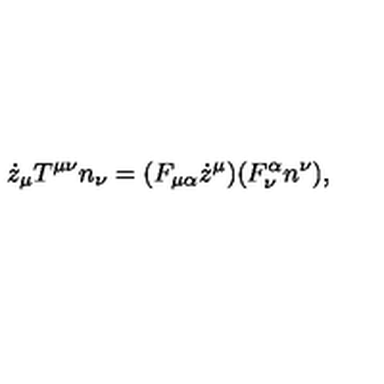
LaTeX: \dot { z } _ { \mu } T ^ { \mu \nu } n _ { \nu } = ( F _ { \mu \alpha } \dot { z } ^ { \mu } ) ( F _ { \nu } ^ { \alpha } n ^ { \nu } ) ,